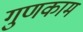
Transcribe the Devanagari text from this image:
गुणकाम